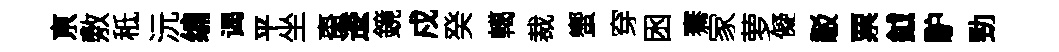
亰敷秪沅编谒平坐棗逶鏡戍癸轕裁蠁穿囦騫家萝儗駁票鉞馿勁